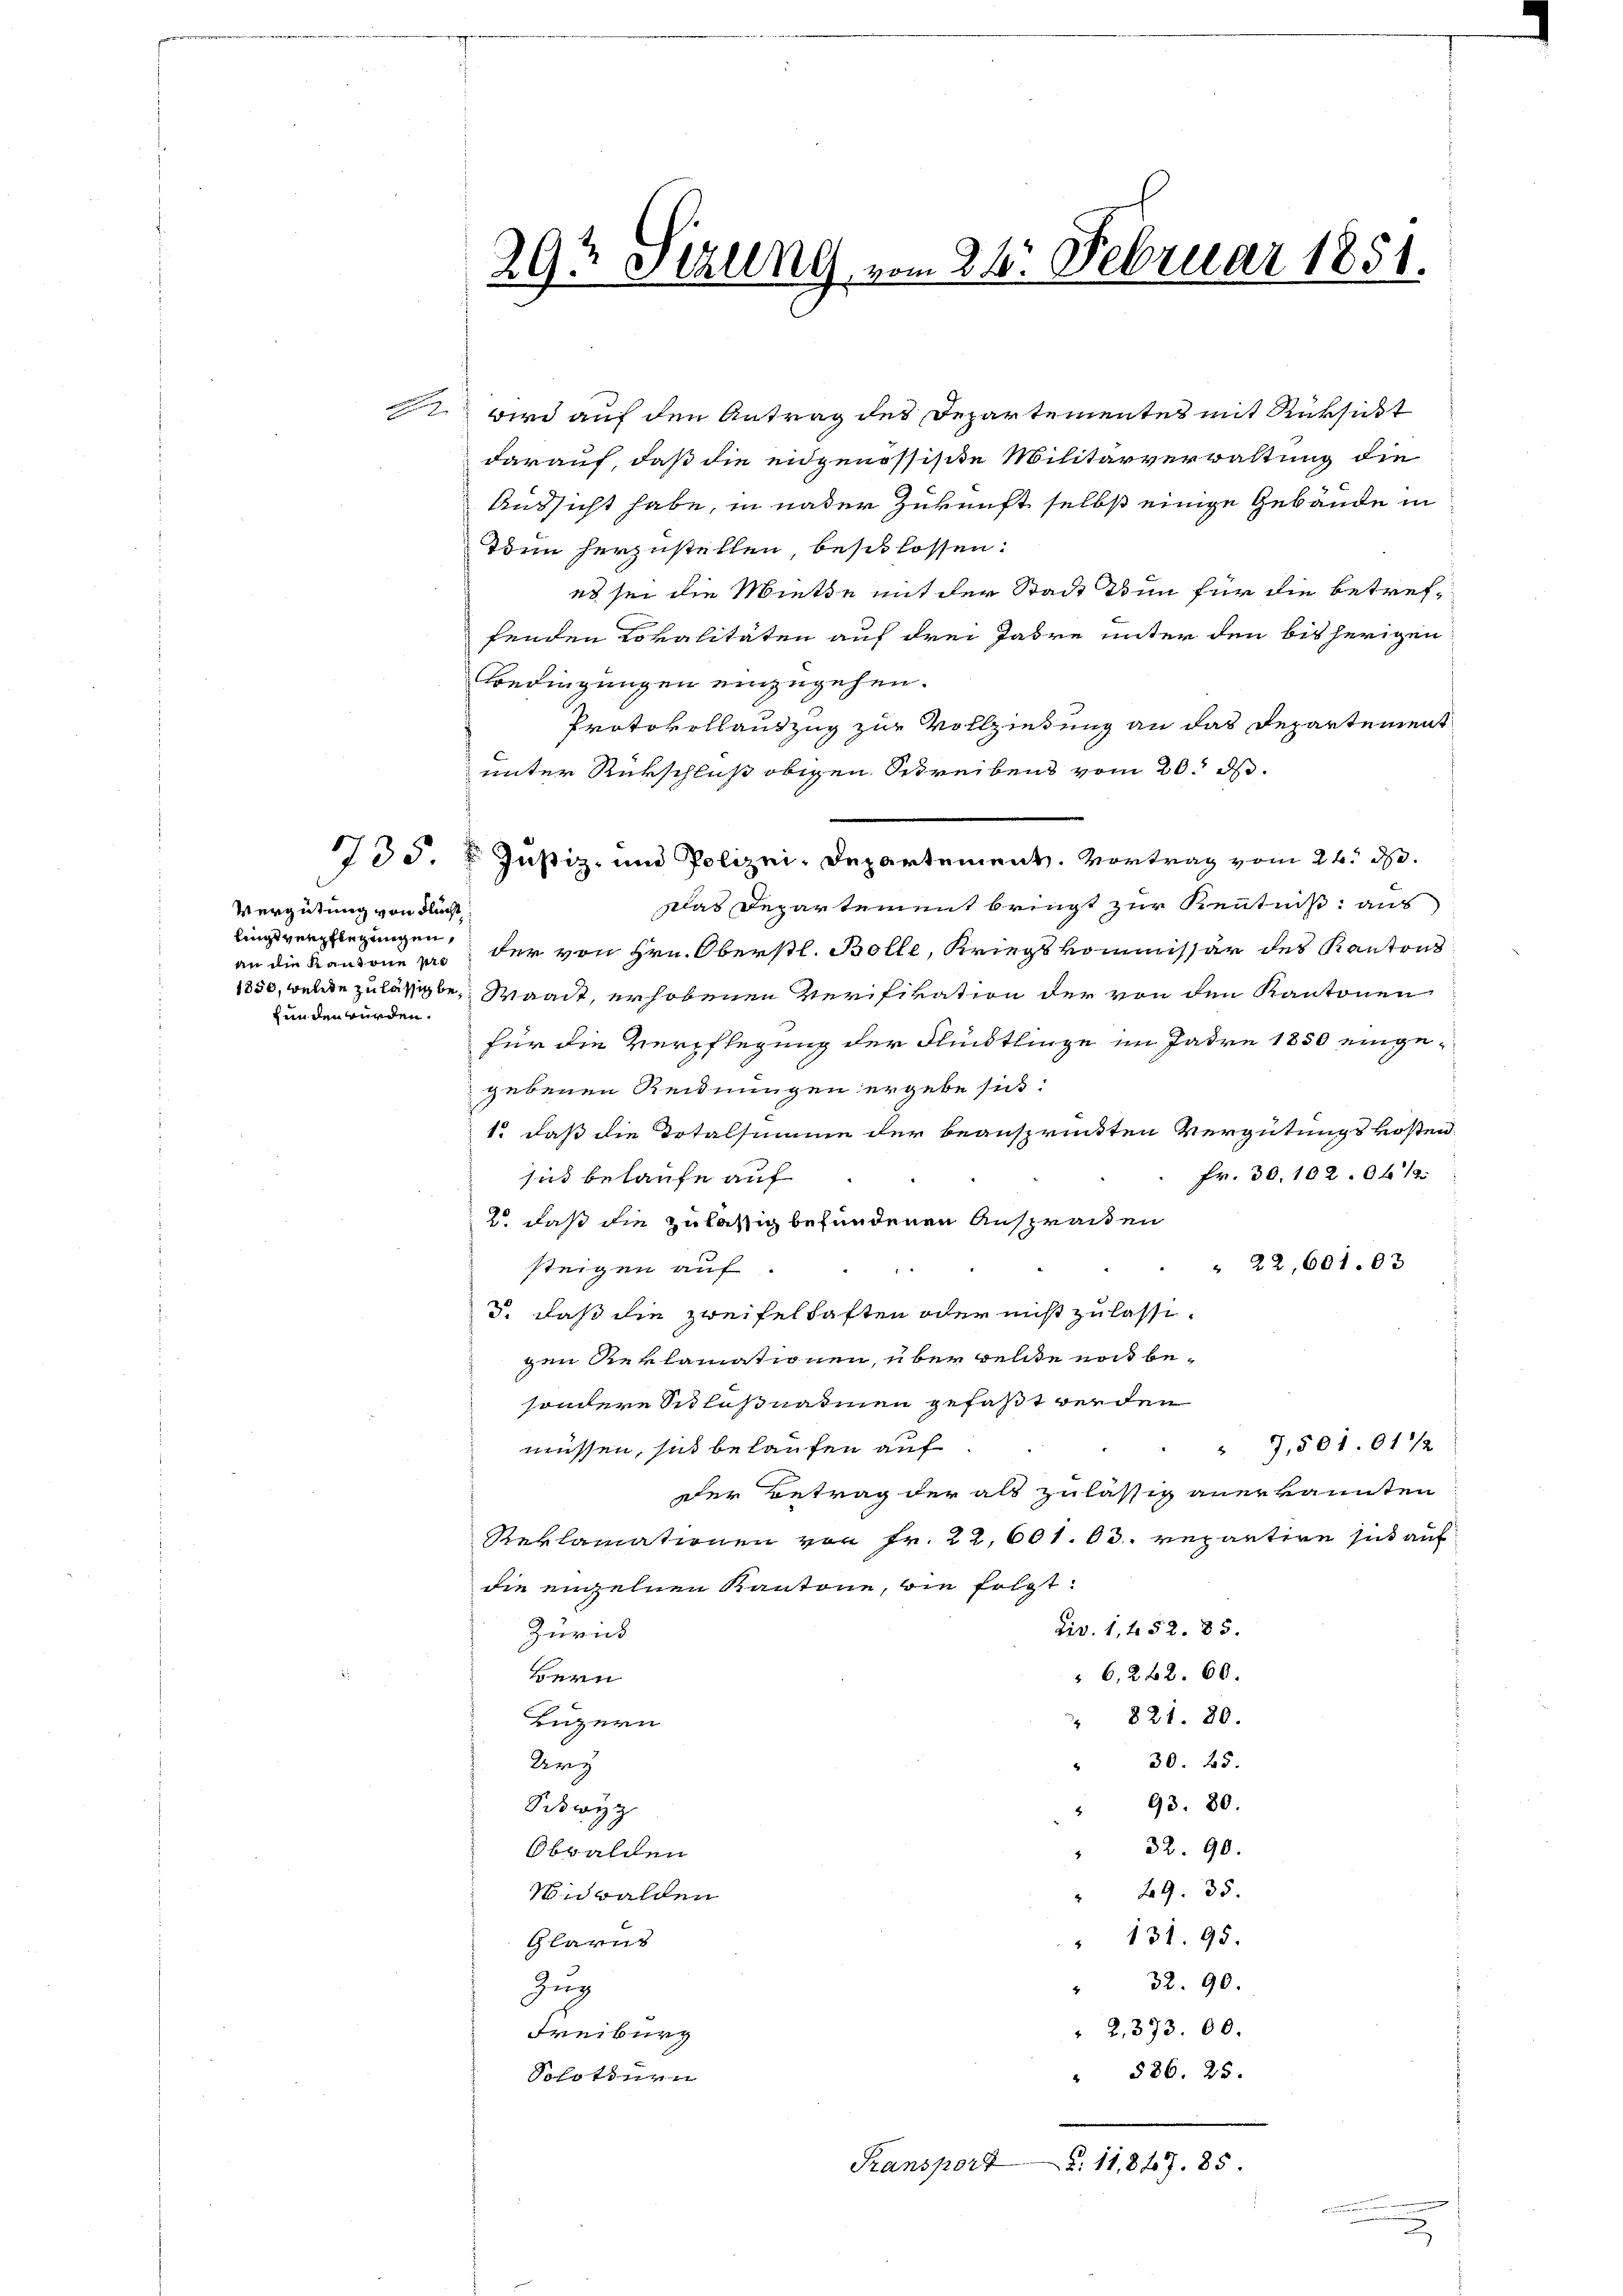
Vergütung von Flucht
lings verpflegungen,
an die Kantone pro
Hunden würden.

29t Setzung, vom 24. Februar 1851.

1 wird auf den Antrag des Departementes mit Rüksicht
darauf, daß die eidgenössische Militärverwaltung die
Aussicht habe, in vater Zukunft selbst einige Gebäude in
Teen herzustellen, beschlossen:
es sei die Miethe mit der Stadt Tun für die betreffenden Rovalitäten auf drei Jahre unter den bisherigen
Bedingungen einzugehen.
Protokollantzug zur Vollziehung an das Departement
unter Rückschluß obigen Schreibens vom 20. ds.
Das Departement bringt zur Kenntniß: aus
der von Hrn. Oberstl. Bolle, Kriegskommissär des Kantons
1850, wende zulässigte, Waadt, erhobenen Verifikation der von den Kantonen
für die Verpflegung der Flündtlinge im Jahre 1850 eingegebenen Reidnungen ergebe sich:
1. daß die Totalsumme der beansprückten Vergütungskosten
Fr. 30. 1020 f 12
sid belaufe auf
 daß die zulässig befundenen Ansprachen
" 22, 601.03
steigen auf
3. daß die Zweifelhaften oder nicht zulassigen Reklamationen, über welche not be-
sondere Schlußnahmen gefaßt werden
" 7,501.01/2
müssen, sich belaufen auf
der Betrag der als zulässig anerkannten
Reklamationen von Fr. 22. 601. 63. repantire sich auf
die einzelnen Kantone, bin folgt:
Civ. 1452. 83.
Zurück
6,262. 60.
Bern
 821. 80.
Luzern
30. 25.
Kirz
4
" 93. 80.
Sckwyz
" 32. 90.
Obwalden
" 29. 35.
Nidwalden
" 131. 95.
Glarus
" 32. 90.
Zug
" 2, 373. 00.
Freiburg
" 586. 25.
Sohr titr

755. Justiz- und Polizei-Departement. Vortrag vom 24. d.

n
Transport

§. 11,867. 85